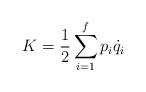
LaTeX: \begin{align*}K=\frac{1}{2}\sum_{i=1}^{f}p_{i}\dot{q}_{i}\end{align*}